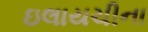
ઇલાયચીના